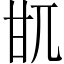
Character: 𤮿